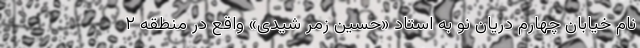
نام خیابان چهارم دریان نو به استاد «حسین زمر شیدی» واقع در منطقه ۲